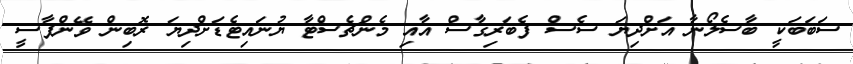
ސަބަބަކީ ބާސެލޯނާ އަށްދިޔަ ސެސް ފެބަރިގާސް އާއި މެންޗެސްޓާ ޔުނައިޓެޑަށްދިޔަ ރޮބިން ވޭންޕާސީ